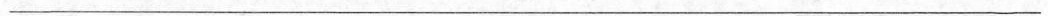
___